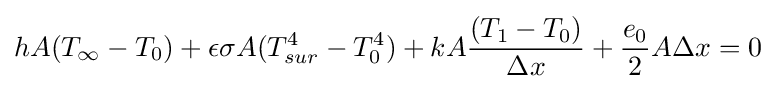
hA{(T_{\infty }-T_{0})}+\epsilon \sigma A{(T_{sur}^{4}-T_{0}^{4})}+kA{\frac {(T_{1}-T_{0})}{\Delta {x}}}+{\frac {e_{0}}{2}}A\Delta {x}=0